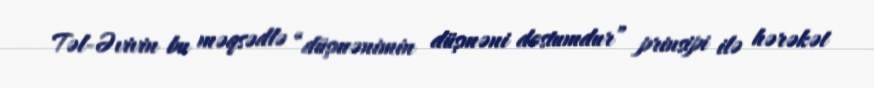
Təl-Əvivin bu məqsədlə “düşmənimin düşməni dostumdur” prinsipi ilə hərəkət